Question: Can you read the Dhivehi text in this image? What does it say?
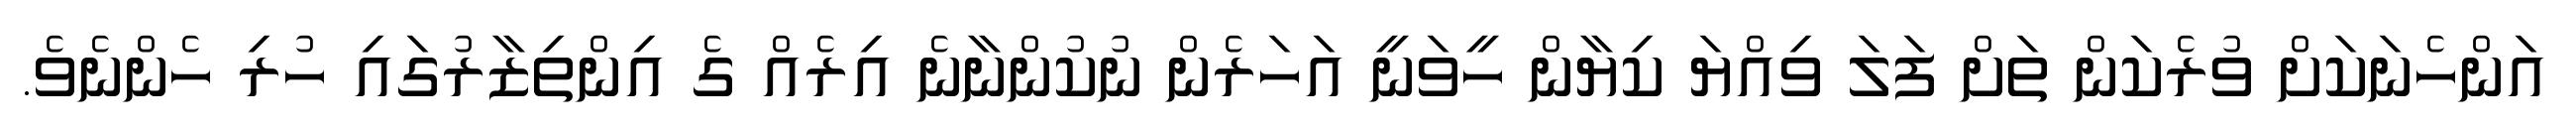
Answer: އަންހެނަކަށް ވުރެކަން ތަށް ފަލަ ވިއްޔަ ކިޔާން ހީވަނީ އަހަރެން ނުކުންނާނެ އިރެއް ގެ އިންތިޒާރުގައި ހުރި ހެންނެވެ.